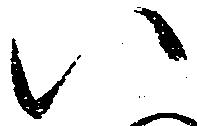
い